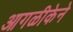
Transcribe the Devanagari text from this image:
आगळीकेने